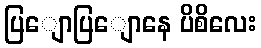
ပြျောပြျောနေ ပိစိလေး